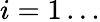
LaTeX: i=1\ldots